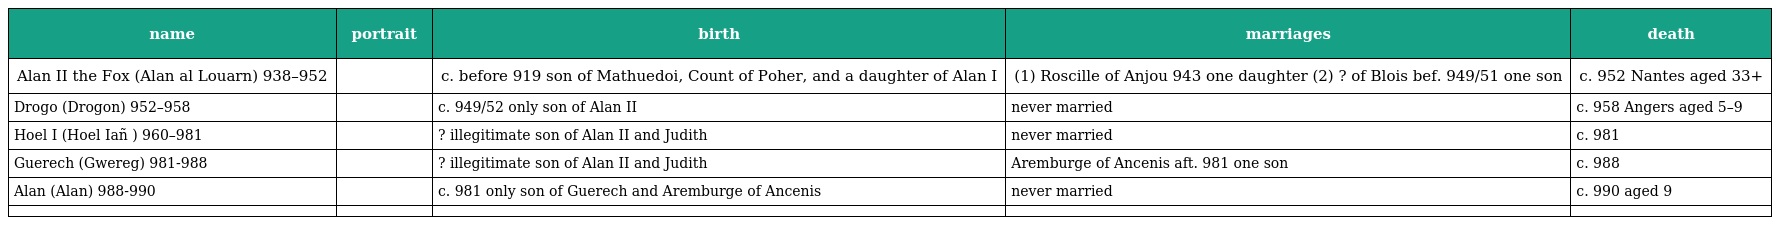
| name | portrait | birth | marriages | death |
 | --- | --- | --- | --- | --- |
 | Alan II the Fox (Alan al Louarn) 938–952 |  | c. before 919 son of Mathuedoi, Count of Poher, and a daughter of Alan I | (1) Roscille of Anjou 943 one daughter (2) ? of Blois bef. 949/51 one son | c. 952 Nantes aged 33+ |
 | Drogo (Drogon) 952–958 |  | c. 949/52 only son of Alan II | never married | c. 958 Angers aged 5–9 |
 | Hoel I (Hoel Iañ ) 960–981 |  | ? illegitimate son of Alan II and Judith | never married | c. 981 |
 | Guerech (Gwereg) 981-988 |  | ? illegitimate son of Alan II and Judith | Aremburge of Ancenis aft. 981 one son | c. 988 |
 | Alan (Alan) 988-990 |  | c. 981 only son of Guerech and Aremburge of Ancenis | never married | c. 990 aged 9 |
 |  |  |  |  |  |